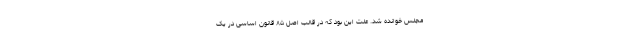
مجلس خوانده ‌شد. علت این بود که در قالب اصل ۸۵ قانون اساسی در یک